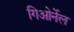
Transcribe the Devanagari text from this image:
गिओर्नेल